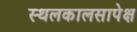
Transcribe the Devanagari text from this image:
स्थलकालसापेक्ष